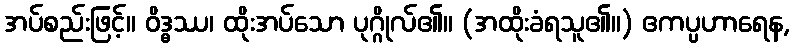
အပ်စည်းဖြင့်။ ဝိဒ္ဓဿ၊ ထိုးအပ်သော ပုဂ္ဂိုလ်၏။ (အထိုးခံရသူ၏။) ဧကပ္ပဟာရေန,